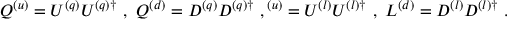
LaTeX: Q ^ { ( u ) } = U ^ { ( q ) } U ^ { ( q ) \dagger } \ , \ Q ^ { ( d ) } = D ^ { ( q ) } D ^ { ( q ) \dagger } \ , \L ^ { ( u ) } = U ^ { ( l ) } U ^ { ( l ) \dagger } \ , \ L ^ { ( d ) } = D ^ { ( l ) } D ^ { ( l ) \dagger } \ .